Report of the King Institute of Preventive Medicine, Guindy
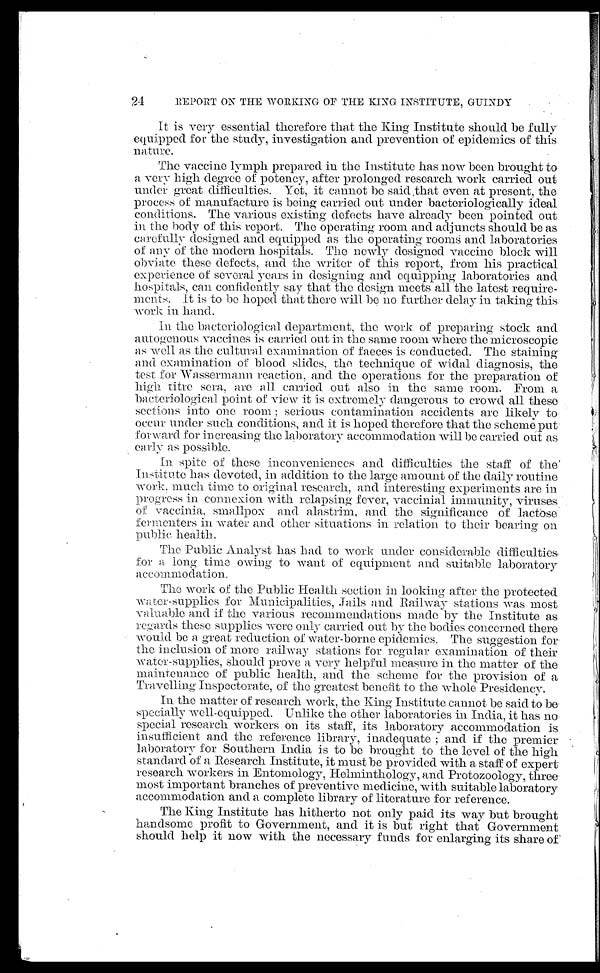
24
REPORT ON THE WORKING OF THE KING INSTITUTE, GUINDY
It is very essential therefore that the King Institute should be fully
equipped for the study, investigation and prevention of epidemics of this
n a t u r e .
The vaccine lymph prepared in the Institute has now been brought to,
a very high degree of potency, after prolonged research work carried out
under great difficulties. Yet, it cannot be said that even at present, the
process of manufacture is being carried out under bacteriologically ideal
conditions. The various existing defects have already been pointed. out
in the body of this report. The operating room and adjuncts should be as
carefully designed and equipped as the operating rooms and laboratories
of any of the modern hospitals. The newly designed vaccine block will
obviate these defects, and the writer of this report, from his practical
experience of several years in designing and equipping laboratories and
hospitals, can confidently say that the design meets all the latest require
-
ments. It is to be hoped that there will be no further delay in taking this
work in hand.
In the bacteriological department, the work of preparing stock and
autogenous vaccines is carried out in the same room where the microscopic
as well as the cultural examination of faeces is conducted. The staining
and examination of blood slides, the technique of widal diagnosis, the
test for Wassermann reaction, and the operations for the preparation of
high titre sera, are all carried out also in the same room. From a
bacteriological point of view it is extremely dangerous to crowd all these
sections into one room; serious contamination accidents are likely to
occur under such conditions, and it is hoped therefore that the scheme, put
forward for increasing the laboratory accommodation will be carried out as
early as possible.
In spite of these inconveniences and difficulties the staff of the
Institute has devoted, in addition to the large amount of the daily routine
work much time to original research, and interesting experiments are in
progress in connexion with relapsing fever, vaccinial immunity, viruses
o f v a c c i n i a , s ma l l p o x a n d a l a s t r i m, a n d t h e s i g n i f i c a n c e o f l a c t o s e
fermenters in water and other situations in relation to their bearing on
public health.
The Public Analyst has had to work under considerable difficulties
for a long time owing to want of equipment and suitable laboratory
accommodation.
The work of the Public Health section in looking after the protected
water-supplies for Municipalities, Jails and Railway stations was most
valuable and if the various recommendations made by the Institute as
regards these supplies were only carried out by the bodies concerned there
would be a great reduction of water-borne epidemics. The suggestion for
the inclusion of more railway stations for regular examination of their
water-supplies, should prove a very helpful measure in the matter of the
maintenance of public health, and the scheme for the provision of a
Travelling Inspectorate, of the greatest benefit to the whole Presidency.
In the matter of research work, the King Institute cannot be said to be
specially well-equipped. Unlike the other laboratories in India, it has no
special research workers on its staff, its laboratory accommodation is
insufficient and the reference library, inadequate; and if the premier
laboratory for Southern India is to be brought to the level of the high
standard of a Research Institute, it must be provided with a staff of expert
research workers in Entomology, Helminthology, and Protozoology, three
most important branches of preventive medicine, with suitable laboratory
accommodation and a complete library of literature for reference.
The King Institute has hitherto not only paid its way but brought
handsome profit to Government, and it is but right that Government
should help it now with the necessary funds for enlarging its share of